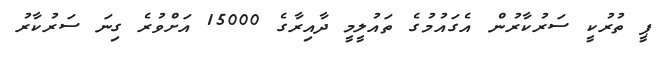
ޕީ ތުރުކީ ސަރުކާރުން އެގައުމުގެ ތައުލީމީ ދާއިރާގެ 15000 އަށްވުރެ ގިނަ ސަރުކާރު